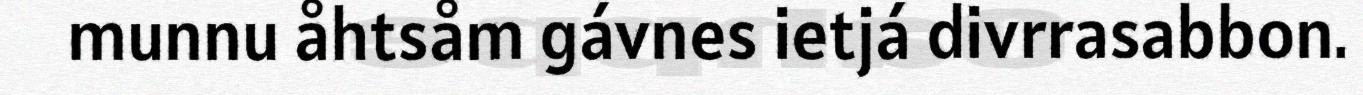
munnu åhtsåm gávnes ietjá divrrasabbon.